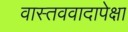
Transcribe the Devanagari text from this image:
वास्तववादापेक्षा